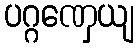
ပဂ္ဂဏှေယျ